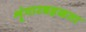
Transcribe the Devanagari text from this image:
शृंगारबहळता